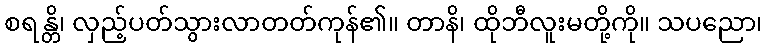
စရန္တိ၊ လှည့်ပတ်သွားလာတတ်ကုန်၏။ တာနိ၊ ထိုဘီလူးမတို့ကို။ သပညော၊